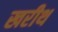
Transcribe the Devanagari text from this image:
खरीथ